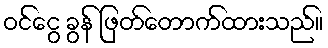
ဝင်ငွေ ခွန် ဖြတ်တောက်ထားသည်။